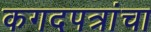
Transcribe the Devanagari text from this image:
कगदपत्रांचा